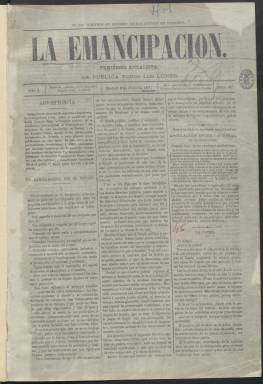
Título: La Emancipación (Madrid)
Colección: Periódicos
Ámbito geográfico: Madrid
Lugar de publicación: Madrid
Fechas: 03/07/1871-22/03/1873